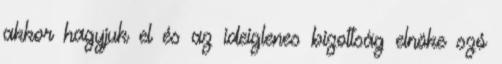
akkor hagyjuk el és az ideiglenes bizottság elnöke szó